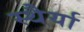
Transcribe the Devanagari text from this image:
स्थैर्या